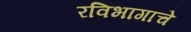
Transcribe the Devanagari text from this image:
रविभागाचे